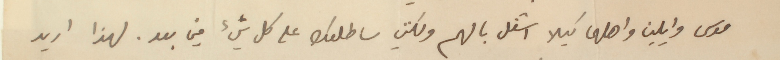
موسى وايلين واهلهما كيلا اشغل بالهم ولكني ساطلعك على كل شيء فيما بعد. لهذا اريد